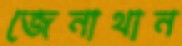
জেনাথান